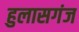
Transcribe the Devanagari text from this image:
हुलासगंज